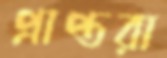
প্রাপ্তরা